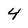
Character: 4